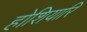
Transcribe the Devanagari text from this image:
होशियारि